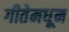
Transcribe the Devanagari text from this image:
गीतेमधून